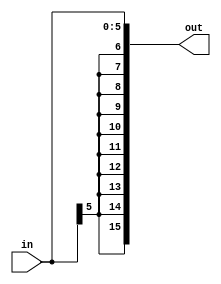
module shift_6(in, out);		// Sign Extension 6 to 16
	
	input  [5:0] in;
	output [15:0] out;
	
	assign out = {{10{in[5]}}, in[5:0]};

endmodule